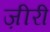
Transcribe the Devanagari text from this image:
ज़ीरी